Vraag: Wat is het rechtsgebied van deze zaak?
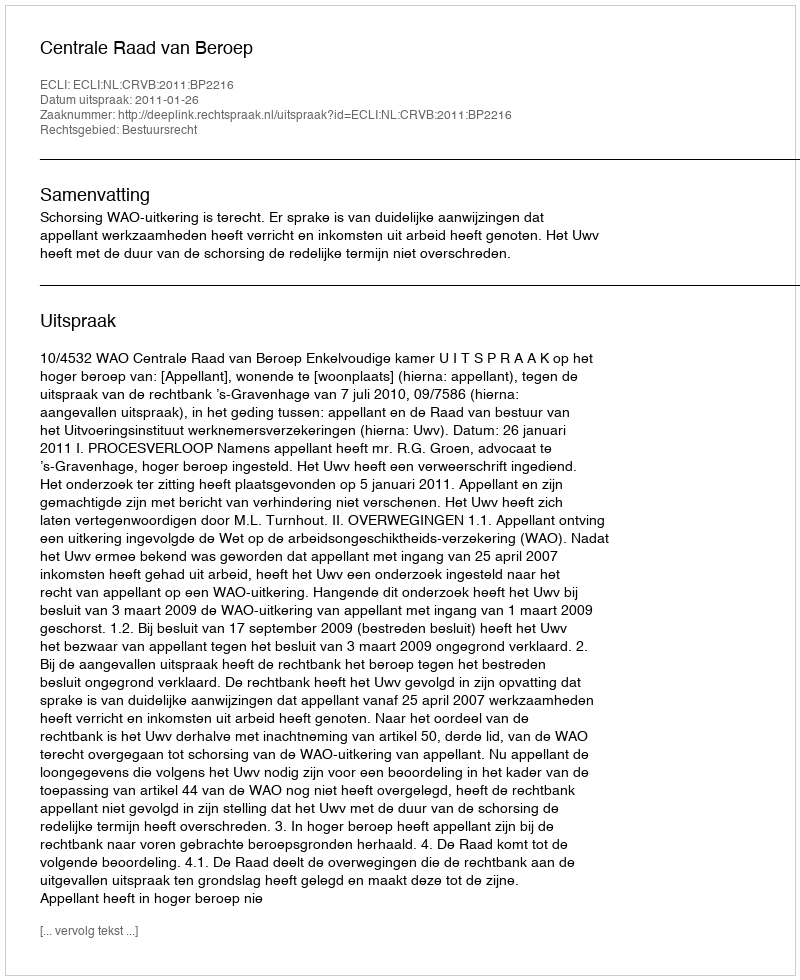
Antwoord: Bestuursrecht